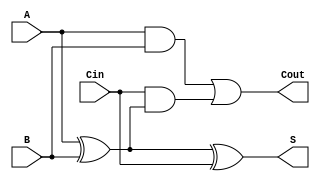
module full_adder (
    input wire A,     // First significant bit
    input wire B,     // Second significant bit
    input wire Cin,   // Carry-in bit
    output wire S,    // Sum output
    output wire Cout   // Carry-out output
);

// Intermediate wire for the XOR operation
wire X;

// Compute the intermediate XOR (A XOR B)
assign X = A ^ B;

// Compute the sum output (S = A XOR B XOR Cin)
assign S = X ^ Cin;

// Compute the carry-out output (Cout = (A AND B) OR (Cin AND (A XOR B)))
assign Cout = (A & B) | (Cin & X);

endmodule